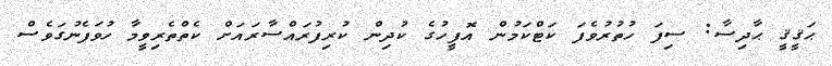
ޙަޤީޤީ ޙާދިސާ: ސިފަ ހުތުރުވެފަ ކަޓްކަމުން އޮފީހުގެ ކުދިން ކުރިފުރައްސާރައަށް ކެތްތެރިވީމާ ހުވަފެނުގަވެސް